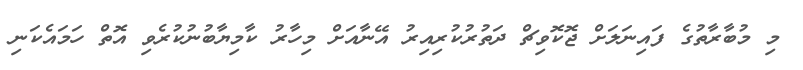
މި މުބާރާތުގެ ފައިނަލަށް ޖޮކޮވިޗް ދަތުރުކުރިއިރު އޭނާއަށް މިހާރު ކާމިޔާބުނުކުރެވި އޮތް ހަމައެކަނި